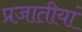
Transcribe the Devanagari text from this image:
प्रजातीयां